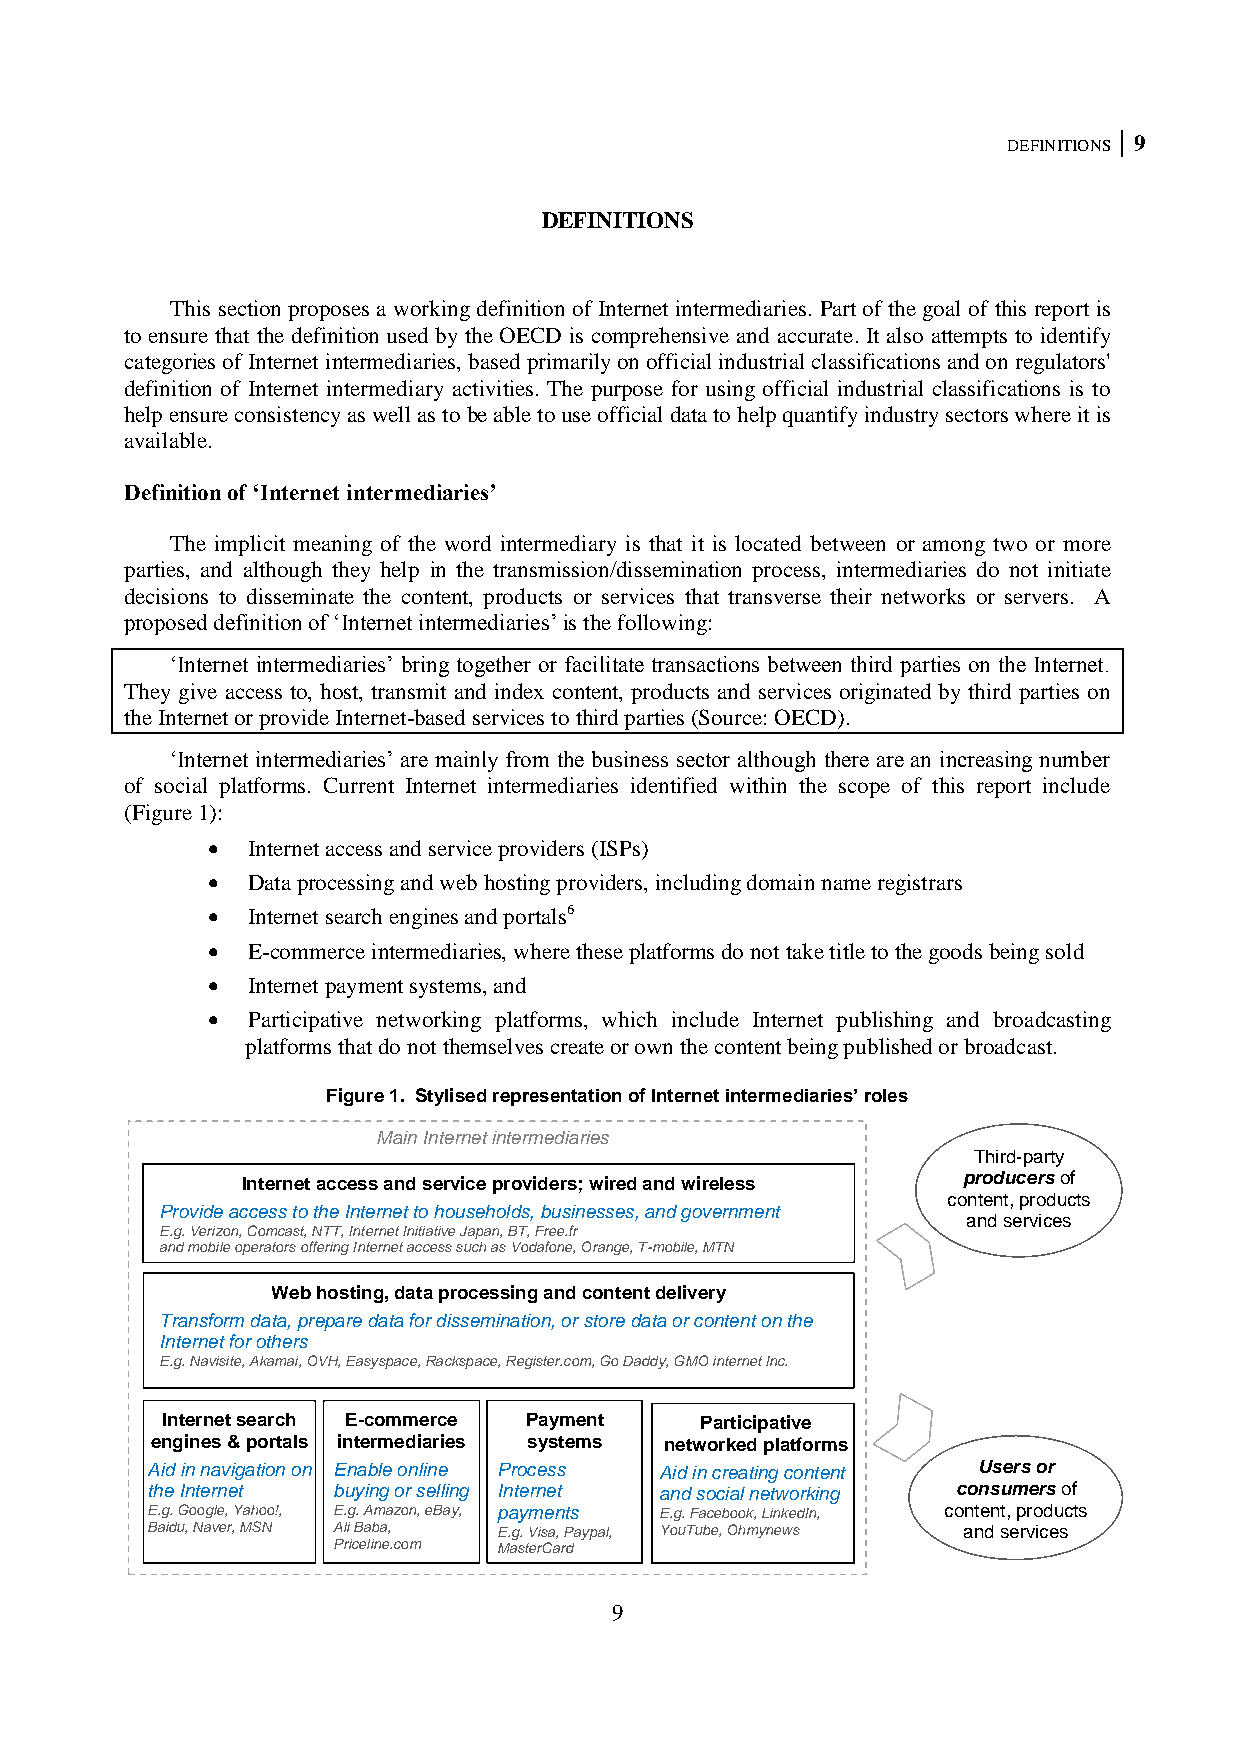
DEFINITIONS 9
 DEFINITIONS
 This section proposes a working definition of Internet intermediaries. Part of the goal of this report is
 to ensure that the definition used by the OECD is comprehensive and accurate. It also attempts to identify
 categories of Internet intermediaries, based primarily on official industrial classifications and on regulators'
 definition of Internet intermediary activities. The purpose for using official industrial classifications is to
 help ensure consistency as well as to be able to use official data to help quantify industry sectors where it is
 available.
 Definition of ‘Internet intermediaries’
 The implicit meaning of the word intermediary is that it is located between or among two or more
 parties, and although they help in the transmission/dissemination process, intermediaries do not initiate
 decisions to disseminate the content, products or services that transverse their networks or servers. A
 proposed definition of ‗Internet intermediaries‘ is the following:
 ‗Internet intermediaries‘ bring together or facilitate transactions between third parties on the Internet.
 They give access to, host, transmit and index content, products and services originated by third parties on
 the Internet or provide Internet-based services to third parties (Source: OECD).
 ‗Internet intermediaries‘ are mainly from the business sector although there are an increasing number
 of social platforms. Current Internet intermediaries identified within the scope of this report include
 (Figure 1):
  Internet access and service providers (ISPs)
  Data processing and web hosting providers, including domain name registrars
  Internet search engines and portals6
  E-commerce intermediaries, where these platforms do not take title to the goods being sold
  Internet payment systems, and
  Participative networking platforms, which include Internet publishing and broadcasting
 platforms that do not themselves create or own the content being published or broadcast.
 Figure 1. Stylised representation of Internet intermediaries’ roles
 Main Internet intermediaries
 Third-party
 Internet access and service providers; wired and wireless producers of
 content, products
 Provide access to the Internet to households, businesses, and government
 and services
 E.g. Verizon, Comcast, NTT, Internet Initiative Japan, BT, Free.fr
 an d mobile operators offering Internet access such as Vodafone, Orange, T-mobile, MTN
 Web hosting, data processing and content delivery
 Transform data, prepare data for dissemination, or store data or content on the
 In ternet for others
 E.g. Navisite, Akamai, OVH, Easyspace, Rackspace, Register.com, Go Daddy, GMO internet Inc.
 Internet search E-commerce Payment Participative
 engines & portals intermediaries systems networked platforms
 Aid in navigation on Enable online Process Aid in creating content Users or
 the Internet buying or selling Internet and social networking consumers of
 E.g. Google, Yahoo!, E.g. Amazon, eBay, payments E.g. Facebook, LinkedIn, content, products
 Baidu, Naver, MSN Ali Baba, E.g. Visa, Paypal, YouTube, Ohmynews and services
 Priceline.com MasterCard
 9